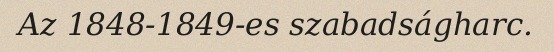
Az 1848-1849-es szabadságharc.